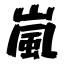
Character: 嵐